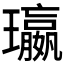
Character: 𮴺